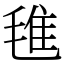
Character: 㲝